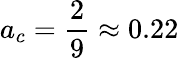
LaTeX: a_{c}=\frac{2}{9}\approx 0.22